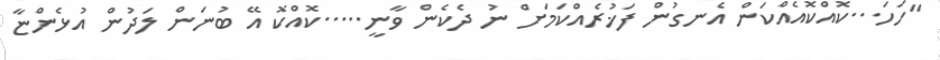
"ހަހަ...ކޮއްކޮއެއްކަން އެނގުން ފަޚުރެއްކަމަށް ނު ދެކެން ވާނީ.....ކޮއްކޮ އޭ ބުނަން ލަދުން އުޅެންޏާ